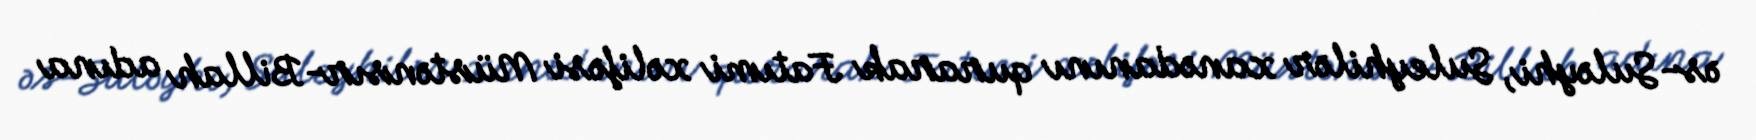
əs-Suləyhi, Suleyhilər xanədanını qurarak Fatımi xəlifəsi Müstənsır-Billah adına